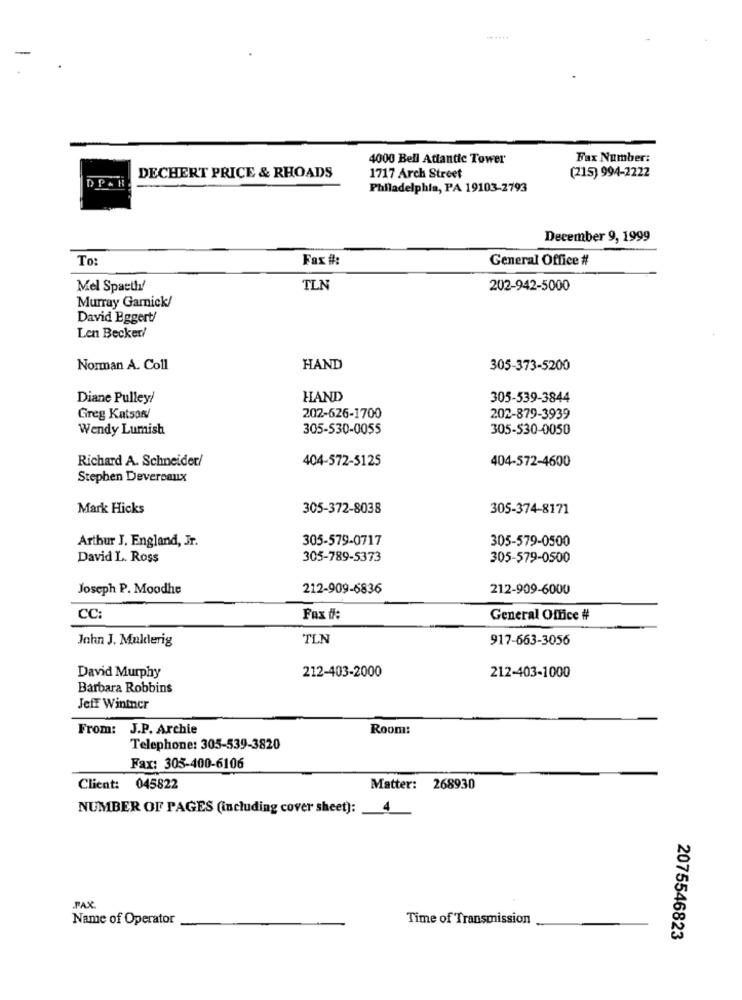
4000 Bell Atlantic Tower
Fax Number:
DECHERT PRICE & RHOADS
1717 Arch Street
(215) 994-2222
DPAR
Philadelphia, PA 19103-2793
December 9, 1999
To:
Fax #:
General Office #
Mel Spaeth!
TLN
202-942-5000
Murray Garnick/
David Eggert/
Len Becker/
Norman A. Coll
HAND
305-373-5200
Diane Pulley/
HAND
305-539-3844
Greg Katsor/
202-626-1700
202-879-3939
Wendy Lumish
305-530-0055
305-530-0050
Richard A. Schneider/
404-572-5125
404-572-4600
Stephen Devereaux
Mark Hicks
305-372-8038
305-374-8171
Arthur J. England, Jr.
305-579-0717
305-579-0500
David L. Ross
305-789-5373
305-579-0500
Joseph P. Moodhe
212-909-6836
212-909-6000
CC:
Fax #:
General Office #
John J. Mulderig
TLN
917-663-3056
212-403-2000
David Murphy
212-403-1000
Barbara Robbins
Jeff Winther
From: J.P. Archie
Room:
Telephone: 305-539-3820
Fax: 305-400-6106
Client: 045822
Matter: 268930
NUMBER OF PAGES (including cover sheet):
PAX.
Name of Operator
Time of Transmission
2075546823